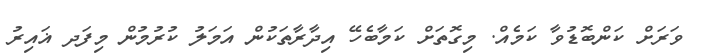
ވަރަށް ކަންބޮޑުވާ ކަމެއް. މިގޮތަށް ކަމާބެހޭ އިދާރާތަކުން އަމަލު ކުރުމުން މިފަދ ޣައިރު